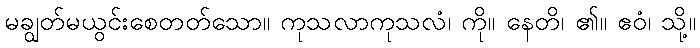
မချွတ်မယွင်းစေတတ်သော။ ကုသလာကုသလံ၊ ကို။ နေတိ၊ ၏။ ဧဝံ၊ သို့။